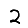
Digit: 2